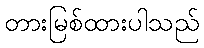
တားမြစ်ထားပါသည်